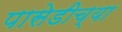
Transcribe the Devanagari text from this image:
पासेडीच्या